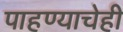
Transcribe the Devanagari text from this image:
पाहण्याचेही